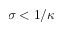
\sigma < 1 / \kappa